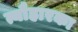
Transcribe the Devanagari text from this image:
त्यौहारका